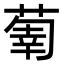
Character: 𦵳